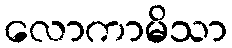
လောကာမိသာ